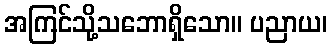
အကြင်သို့သဘောရှိသော။ ပညာယ၊